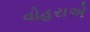
વોહરાએ